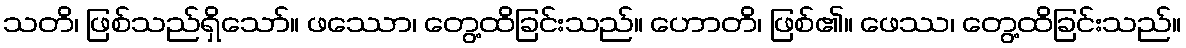
သတိ၊ ဖြစ်သည်ရှိသော်။ ဖဿော၊ တွေ့ထိခြင်းသည်။ ဟောတိ၊ ဖြစ်၏။ ဖေဿ၊ တွေ့ထိခြင်းသည်။